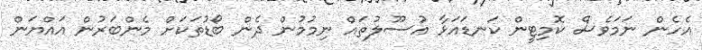
އެހެން ނަމަވެސް ކޮމިޓީން ކަނޑައަޅާ އުސޫލުތައް ނިމުމުން ދެން ބޯޑުތަކަށް މެންބަރުން އައްޔަން